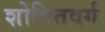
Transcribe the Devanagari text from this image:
शोषितवर्ग